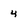
Character: 4